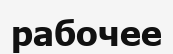
рабочее